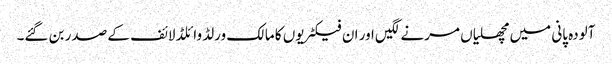
آلودہ پانی میں مچھلیاں مرنے لگیں اور ان فیکٹریوں کا مالک ورلڈ وائلڈ لائف کے صدر بن گئے۔